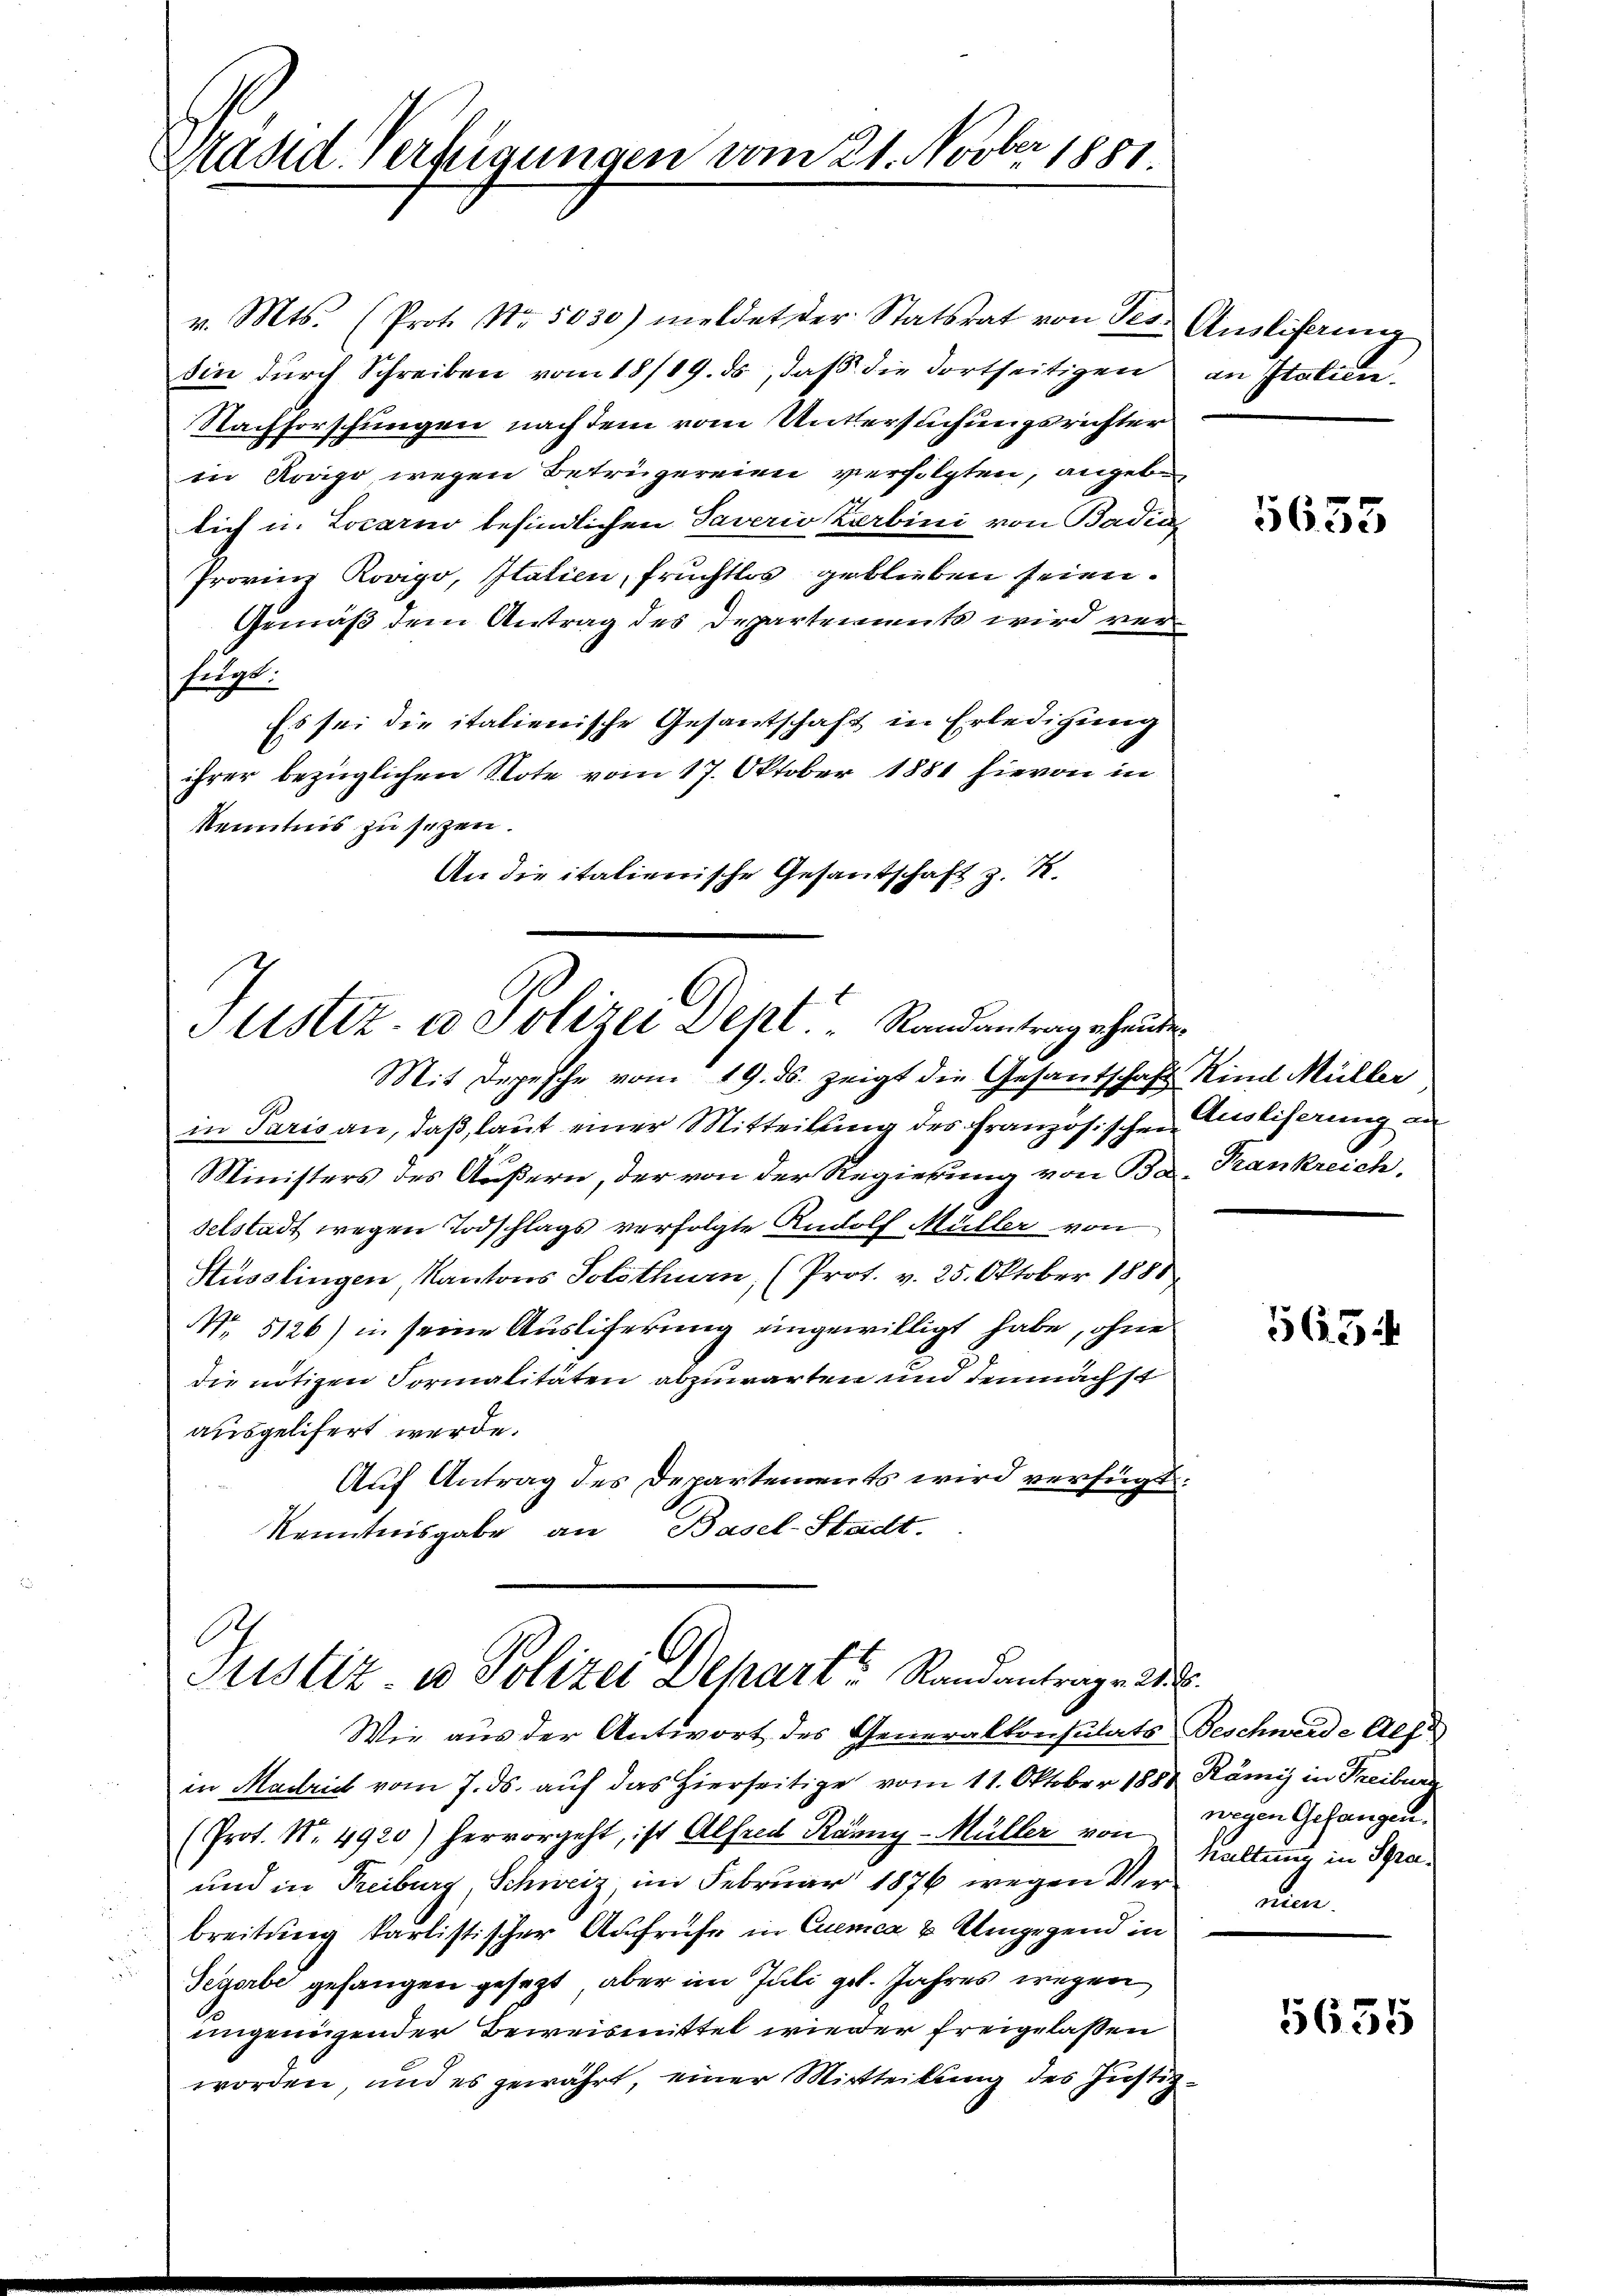
le
äsd Verfügungen vom 21. Novber 1881.

v. Mts. (Prot. No. 5030) meldet der Statsrat von des Auslisering
sin durch Schreiben vom 18/19. ds, daß die dortseitigen an Statien¬
Nachforschungen nach dem vom Untersuchungsrichter
in Krago, wegen Betrügereien verfolgten, angeb
lich in Locarno befindlichen Taverio Zerbini von Badin,
Provinz Rovigo, Italien, fruchtlos geblieben seien.
Gemäß dem Antrag des Departements wird verfugt.
Es sei die italienische Gesantschaft in Erledigung
ihrer bezüglichen Note vom 17. Oktober 1881 hievon in
Kenntnis zu sezen.
An die italienische Gesandschaft z. B.

Slistiz- & Polizei Dept. " Randantrag ehenden

Mit Depesche vom 19. ds. zeigt die Gesandschaft Kind Müller
in Paris an, daß, laut einer Mitteilung des französischen Zustiferung an
Ministers des Äußern, der von der Regierung von Ba. Frankreich,
selstadt wegen Todschlags verfolgte Rudolf Müller von
Hüsslingen Kantons Solothurn, (Prot. v. 25. Oktober 1888
NNo 5126) in seine Ausliferung eingewilligt habe, ohne
die nötigen Formalitäten abzuwarten und demnächst
ausgelifert werde.
Auf Antrag des Departements wird verfügt:
Kenntnisgabe an Basel-Stadt.
Justiz- u Polizei Depart Randantrage 2.
Wie aus der Antwort des Generalkonsulats Beschwerde Alpe
in Madrich vom 7. ds. auf das Hierseitige vom 11. Oktober 1888
(Prot. Nr. 4920) hervorgeht, ist Alfred Ranny-Müller von
und in Freiburg, Schweiz, im Februar 1876 wegen Verbreitung karlistischer Aufrufe in Quemca & Umgegend in
Tegerbe gefangen gesezt, aber im Juli geb. Jahres wegen
ungeneigender Beweismittel wieder freigelassen
worden, und es gewährt, einer Mitteilung des Justiz¬

5633

5654

Rämi in Treiburg
wegen Gefangen.
Haltung in Spranu

5635